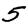
Digit: 5